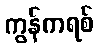
ကွန်ကရစ်